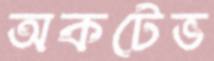
অকটেভ